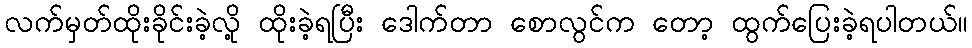
လက်မှတ်ထိုးခိုင်းခဲ့လို့ ထိုးခဲ့ရပြီး ဒေါက်တာ စောလွင်က တော့ ထွက်ပြေးခဲ့ရပါတယ်။